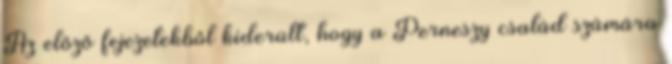
Az előző fejezetekből kiderült, hogy a Perneszy család számára